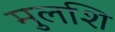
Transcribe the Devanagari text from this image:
मुलशि